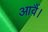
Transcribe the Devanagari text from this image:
आवैं।